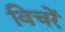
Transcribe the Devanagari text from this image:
विचरें